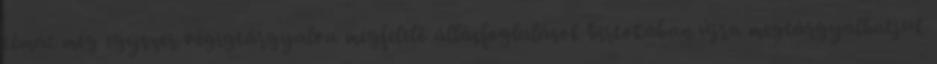
témát még egyszer végigtárgyalva megfelelő állásfoglalások birtokában újra megtárgyalhatjuk